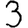
Digit: 3